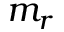
m _ { r }